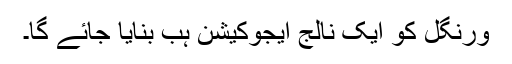
ورنگل کو ایک نالج ایجوکیشن ہب بنایا جائے گا۔